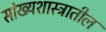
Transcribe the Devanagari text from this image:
सांख्यशास्त्रातील